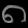
Digit: ၈